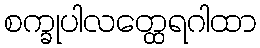
စက္ခုပါလတ္ထေရဂါထာ